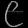
Digit: ၉